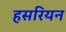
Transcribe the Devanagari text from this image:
हसरियन